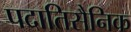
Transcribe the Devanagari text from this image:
पदातिसैनिक